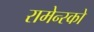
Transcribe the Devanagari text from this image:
रामेन्स्को